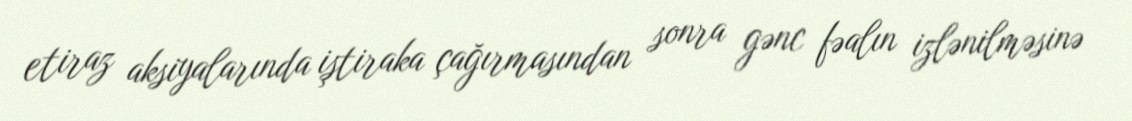
etiraz aksiyalarında iştiraka çağırmasından sonra gənc fəalın izlənilməsinə